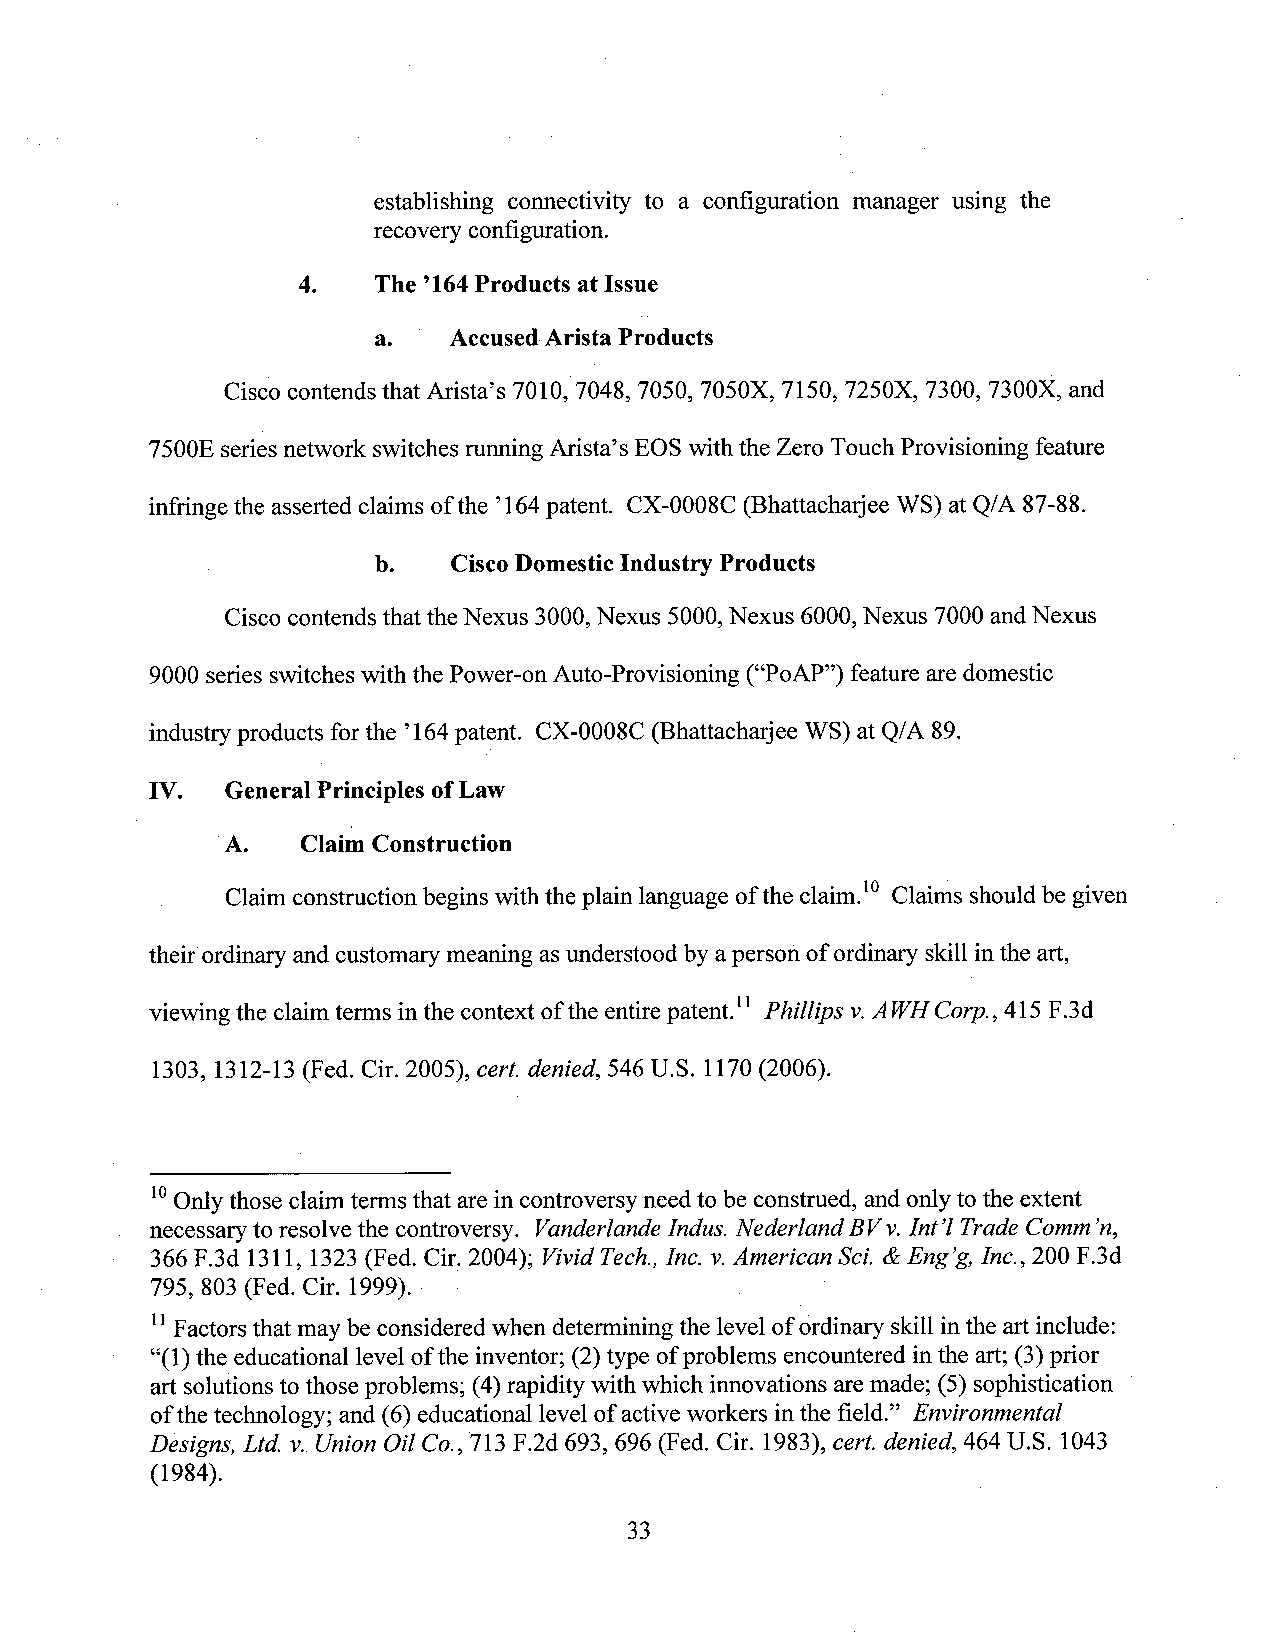
establishing connectivity to a configuration manager using the
 recovery configuration.
 4.   The ’164Products at Issue
 a.   AccusedArista Products
 Cisco contends that Arista’s 7010, 7048, 7050, 7050X, 7150, 7250X, 7300, 7300X, and
 7500E seriesnetwork switches rtmningArista’s EOS with the Zero Touch Provisioning feature
 infringe the asserted claims ofthe ’164patent. CX-0008C (Bhattacharjee WS) at Q/A 87-88.
 b.   CiscoDomestic Industry Products   _
 Cisco contends that theNexus 3000,Nexus 5000,Nexus 6000,Nexus 7000andNexus
 9000 series switcheswith the Power-on Auto-Provisioning (“PoAP”) feature aredomestic
 industry products for the ’164patent. CX-0008C (Bhattacharjee WS) at Q/A 89.
 IV.  General Principles ofLaw
 'A.   Claim Construction
 Claim construction begins with the plain language of the claim.'0 Claims should be given
 their ordinary and customary meaning asunderstood by aperson of ordinary skill inthe art,
 viewing the claimterms in the context ofthe entire patent.“ Phillips v.AWHC0rp., 415 F.3d
 1303, 1312-13 (Fed. Cir. 2005), cert. denied, 546 U.S. 1170 (2006).
 '0Only those claim terms that are incontroversy need to be construed, and only to the extent
 necessary to resolve the controversy. Vanderlande Indus. Nederland BVv.Int’lTrade Comm’n,
 366 F.3d 1311, 1323 (Fed. Cir. 2004); VividTech., Inc. v.American Sci. & Eng ’g,1nc.,200 F.3d
 795, 803 (Fed. Cir. 1999). -           .   ’
 HFactors that may beconsidered when determining the level of ordinary skill inthe art include:
 “(l) the educational level ofthe inventor; (2)type ofproblems encountered inthe art;(3)prior
 art solutions to those problems; (4)rapidity with which innovations aremade; (5) sophistication
 ofthe technology; and (6) educational level of active workers inthe field.” Environmental
 Designs, Ltd. v. Union Oil C0., 713 F.2d 693, 696 (Fed. Cir. 1983), cert. denied, 464 U.S. 1043
 (1984).
 33